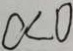
c < 0